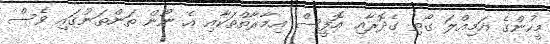
މީހުންގެ އަމިއްލަ ގޯތި ގެދޮރާއި އޮފީސް އިމާރާތްތަކާއި އެ ނޫން ތަންތަނުގައި ވެސް